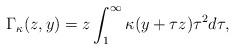
LaTeX: \begin{align*}\Gamma_\kappa(z,y)=z\int_1^\infty\kappa(y+\tau z)\tau^2 d\tau,\end{align*}